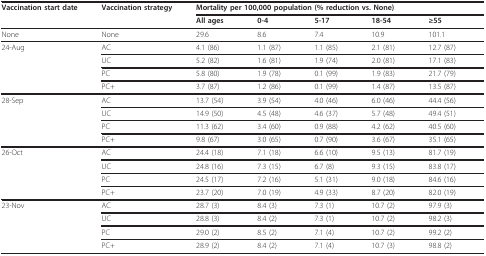
<table><thead><tr><td><b>Vaccination start date</b></td><td><b>Vaccination strategy</b></td><td colspan="5"><b>Mortality per 100,000 population (% reduction vs. None)</b></td></tr><tr><td></td><td></td><td><b>All ages</b></td><td><b>0-4</b></td><td><b>5-17</b></td><td><b>18-54</b></td><td><b>≥55</b></td></tr></thead><tbody><tr><td>None</td><td>None</td><td>29.6</td><td>8.6</td><td>7.4</td><td>10.9</td><td>101.1</td></tr><tr><td>24-Aug</td><td>AC</td><td>4.1 (86)</td><td>1.1 (87)</td><td>1.1 (85)</td><td>2.1 (81)</td><td>12.7 (87)</td></tr><tr><td></td><td>UC</td><td>5.2 (82)</td><td>1.6 (81)</td><td>1.9 (74)</td><td>2.0 (81)</td><td>17.1 (83)</td></tr><tr><td></td><td>PC</td><td>5.8 (80)</td><td>1.9 (78)</td><td>0.1 (99)</td><td>1.9 (83)</td><td>21.7 (79)</td></tr><tr><td></td><td>PC+</td><td>3.7 (87)</td><td>1.2 (86)</td><td>0.1 (99)</td><td>1.4 (87)</td><td>13.5 (87)</td></tr><tr><td>28-Sep</td><td>AC</td><td>13.7 (54)</td><td>3.9 (54)</td><td>4.0 (46)</td><td>6.0 (46)</td><td>44.4 (56)</td></tr><tr><td></td><td>UC</td><td>14.9 (50)</td><td>4.5 (48)</td><td>4.6 (37)</td><td>5.7 (48)</td><td>49.4 (51)</td></tr><tr><td></td><td>PC</td><td>11.3 (62)</td><td>3.4 (60)</td><td>0.9 (88)</td><td>4.2 (62)</td><td>40.5 (60)</td></tr><tr><td></td><td>PC+</td><td>9.8 (67)</td><td>3.0 (65)</td><td>0.7 (90)</td><td>3.6 (67)</td><td>35.1 (65)</td></tr><tr><td>26-Oct</td><td>AC</td><td>24.4 (18)</td><td>7.1 (18)</td><td>6.6 (10)</td><td>9.5 (13)</td><td>81.7 (19)</td></tr><tr><td></td><td>UC</td><td>24.8 (16)</td><td>7.3 (15)</td><td>6.7 (8)</td><td>9.3 (15)</td><td>83.8 (17)</td></tr><tr><td></td><td>PC</td><td>24.5 (17)</td><td>7.2 (16)</td><td>5.1 (31)</td><td>9.0 (18)</td><td>84.6 (16)</td></tr><tr><td></td><td>PC+</td><td>23.7 (20)</td><td>7.0 (19)</td><td>4.9 (33)</td><td>8.7 (20)</td><td>82.0 (19)</td></tr><tr><td>23-Nov</td><td>AC</td><td>28.7 (3)</td><td>8.4 (3)</td><td>7.3 (1)</td><td>10.7 (2)</td><td>97.9 (3)</td></tr><tr><td></td><td>UC</td><td>28.8 (3)</td><td>8.4 (2)</td><td>7.3 (1)</td><td>10.7 (2)</td><td>98.2 (3)</td></tr><tr><td></td><td>PC</td><td>29.0 (2)</td><td>8.5 (2)</td><td>7.1 (4)</td><td>10.7 (2)</td><td>99.2 (2)</td></tr><tr><td></td><td>PC+</td><td>28.9 (2)</td><td>8.4 (2)</td><td>7.1 (4)</td><td>10.7 (3)</td><td>98.8 (2)</td></tr></tbody></table>